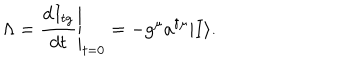
LaTeX: \Lambda = \left. \frac { d I _ { t g } } { d t } \right| _ { t = 0 } = - g ^ { \mu } a ^ { \dagger \mu } | I \rangle .